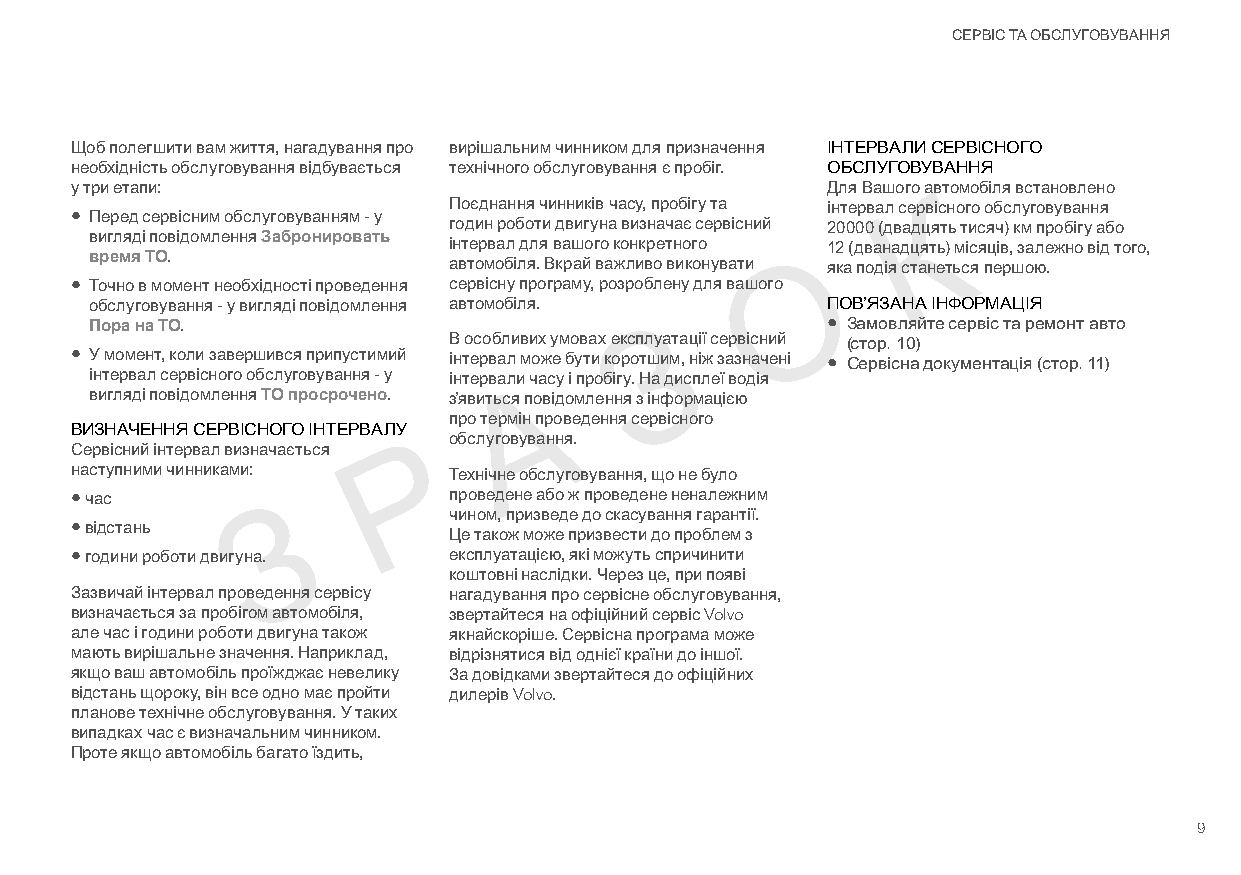
СЕРВІС ТА ОБСЛУГОВУВАННЯ
 Щоб полегшити вам життя, нагадування про вирішальним чинником для призначення ІНТЕРВАЛИ СЕРВІСНОГО
 необхідність обслуговування відбувається технічного обслуговування є пробіг. ОБСЛУГОВУВАННЯ
 у три етапи:                                      Для Вашого автомобіля встановлено
 Поєднання чинників часу, пробігу та інтервал серКвісного обслуговування
 ● П еред сервісним обслуговуванням - у
 годин роботи двигуна визначає сервісний 20000 (двадцять тисяч) км пробігу або
 К     вигляді повідомлення Забронировать інтервал для вашого конкретного 12 (дванадцять) місяців, залежно від того,
 время ТО.               автомобіля. Вкрай важливо виконувати О яка подія станеться першою.
 ● Т очно в момент необхідності проведення сервісну програму, розроблену для вашого
 О     обслуговування - у вигляді повідомлення автомобіля. ПОВ’ЯЗАНА ІНФОРМАЦІЯ
 Пора на ТО.                          З           ● З амовляйте сервіс та ремонт авто
 В особливих умовах експлуатації сервісний (стор. 10)
 ● У момент, коли завершився припустимий інтервал може бути коротшим, ніж зазначені ● С ервісна документація (стор. 11)
 З     інтервал сервісного обслуговування - у інтервали часу і пробігу. На дисплеї водія
 А
 вигляді повідомлення ТО просрочено. з’явиться повідомлення з інформацією
 про термін проведення сервісного
 А    ВИЗНАЧЕННЯ СЕРВІСНОГО ІНТЕРВАЛУ
 обслуговування.
 Сервісний інтервал визначається Р
 наступними чинниками:    Технічне обслуговування, що не було
 Р    ● ч ас                   проведене або ж проведене неналежним
 З
 чином, призведе до скасування гарантії.
 ● відстань
 Це також може призвести до проблем з
 З    ● г одини роботи двигуна. експлуатацією, які можуть спричинити
 коштовні наслідки. Через це, при появі
 Зазвичай інтервал проведення сервісу нагадування про сервісне обслуговування,
 визначається за пробігом автомобіля, звертайтеся на офіційний сервіс Volvo
 але час і години роботи двигуна також якнайскоріше. Сервісна програма може
 мають вирішальне значення. Наприклад, відрізнятися від однієї країни до іншої.
 якщо ваш автомобіль проїжджає невелику За довідками звертайтеся до офіційних
 відстань щороку, він все одно має пройти дилерів Volvo.
 планове технічне обслуговування. У таких
 випадках час є визначальним чинником.
 Проте якщо автомобіль багато їздить,
 9